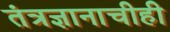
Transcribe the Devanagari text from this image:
तंत्रज्ञानाचीही